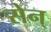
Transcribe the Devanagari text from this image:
सेन्‌